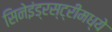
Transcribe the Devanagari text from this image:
सिनेइंड्रस्ट्रीमध्ये